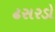
ઢસરડો